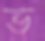
ভ